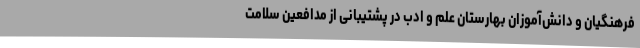
فرهنگیان و دانش‌آموزان بهارستان علم و ادب در پشتیبانی از مدافعین سلامت